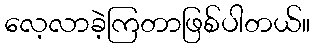
လေ့လာခဲ့ကြတာဖြစ်ပါတယ်။